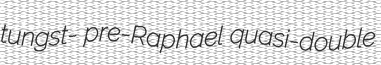
tungst- pre-Raphael quasi-double